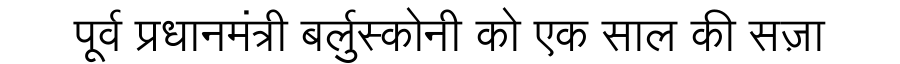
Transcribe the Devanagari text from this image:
पूर्व प्रधानमंत्री बर्लुस्कोनी को एक साल की सज़ा